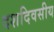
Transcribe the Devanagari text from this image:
दशदिवसीय